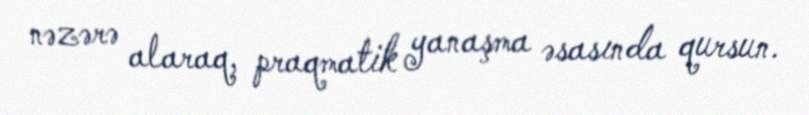
nəzərə alaraq, praqmatik yanaşma əsasında qursun.